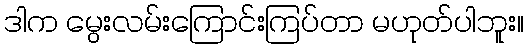
ဒါက မွေးလမ်းကြောင်းကြပ်တာ မဟုတ်ပါဘူး။